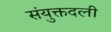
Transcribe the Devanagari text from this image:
संयुक्तदली